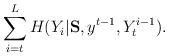
LaTeX: \begin{align*} \sum_{i=t}^L H(Y_i | {\bf S}, y^{t-1}, Y_t^{i-1}). \end{align*}